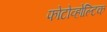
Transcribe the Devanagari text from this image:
फोटोव्होल्टिक